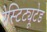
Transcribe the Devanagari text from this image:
रेस्टिट्यूटेड